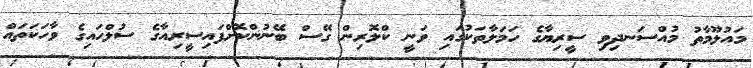
މައުލޫމާތު މުއްސަނދިވި ސީރިޔާގެ ހަމަލާތަކުގައި ވަނީ ކްލޮރިން ގޭސް ބޭނުންކޮށްފައިސީރިއާގެ ސުލްހައިގެ ވާހަކަތައް